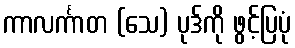
ကာလင်္ကာတ (သေ) ပုဒ်ကို ဖွင့်ပြပုံ